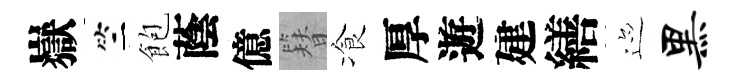
嶽竺飽蔭億簪飡厚遊建繕迹黑